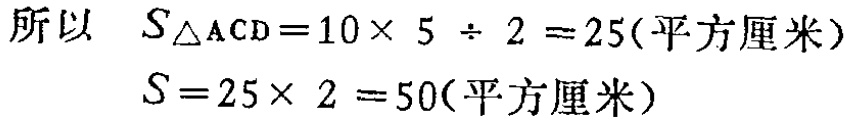
所以 \(S_{\triangle ACD}=10\times 5\div 2 = 25(\text{平方厘米})\)

\(S = 25\times 2 = 50(\text{平方厘米})\)